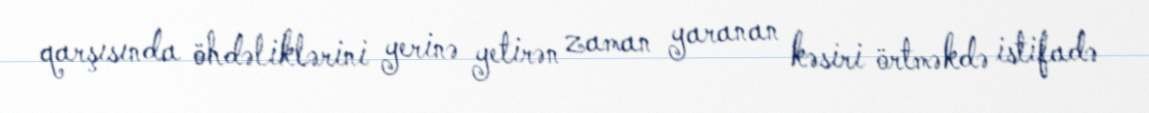
qarşısında öhdəliklərini yerinə yetirən zaman yaranan kəsiri örtməkdə istifadə